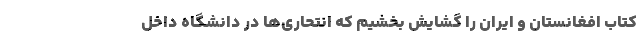
کتاب افغانستان و ایران را گشایش بخشیم که انتحاری‌ها در دانشگاه داخل